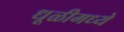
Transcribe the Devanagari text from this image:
धूळीमध्ये